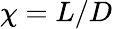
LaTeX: \chi=L/D